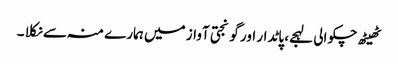
ٹھیٹھ چکوالی لہجے، پاٹدار اور گونجتی آواز میں ہمارے منہ سے نکلا ۔